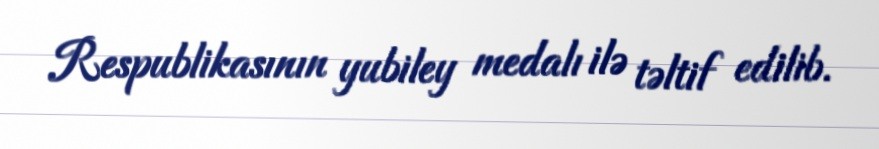
Respublikasının yubiley medalı ilə təltif edilib.